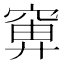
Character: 𬔍